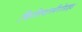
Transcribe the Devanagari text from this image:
फिलियास्पैरोसाइड